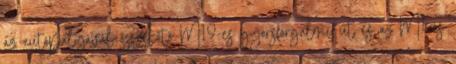
az autópályával összekötő M19-es gyorsforgalmi út és az M1-es